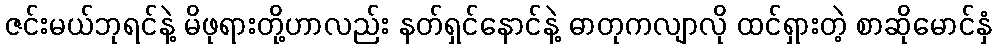
ဇင်းမယ်ဘုရင်နဲ့ မိဖုရားတို့ဟာလည်း နတ်ရှင်နောင်နဲ့ ဓာတုကလျာလို ထင်ရှားတဲ့ စာဆိုမောင်နှံ